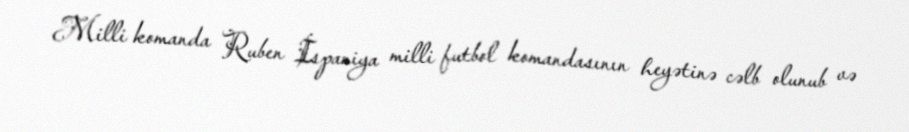
Milli komanda Ruben İspaniya milli futbol komandasının heyətinə cəlb olunub və